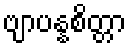
ဗျာပန္နစိတ္တာ